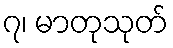
၇၊ မာတုသုတ်